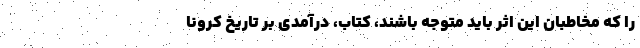
را که مخاطبان این اثر باید متوجه باشند، کتاب، درآمدی بر تاریخ کرونا